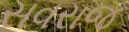
સવરાજ